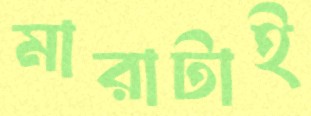
মারাটাই